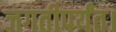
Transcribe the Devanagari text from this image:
जगतीपर्यंत।